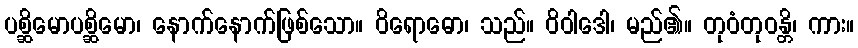
ပစ္ဆိမောပစ္ဆိမော၊ နောက်နောက်ဖြစ်သော။ ဝိရောဓော၊ သည်။ ဝိဝါဒေါ၊ မည်၏။ တုဝံတုဝန္တိ၊ ကား။